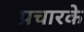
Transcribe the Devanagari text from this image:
प्रचारके